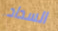
السداد